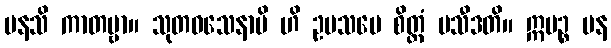
မနသိ ကာတဗ္ဗာ။ သုတဝသေနာပိ ဟိ ဥပသမေ စိတ္တံ ပသီဒတိ။ ဣမဉ္စ ပန